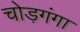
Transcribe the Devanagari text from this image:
चोड़गंगा